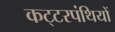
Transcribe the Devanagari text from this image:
कट्‍टरपंथियों